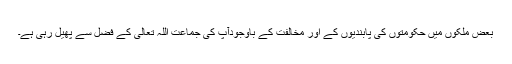
بعض ملکوں میں حکومتوں کی پابندیوں کے اور مخالفت کے باوجودآپؑ کی جماعت اللہ تعالیٰ کے فضل سے پھیل رہی ہے۔